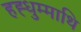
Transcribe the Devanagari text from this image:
हह्धुम्माथि